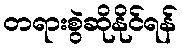
တရားစွဲဆိုနိုင်ရန်